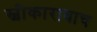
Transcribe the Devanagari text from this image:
स्वीकारावाच